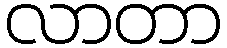
လာတာ